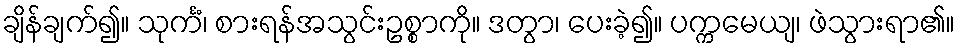
ချိန်ချက်၍။ သုင်္ကံ၊ စားရန်အသွင်းဥစ္စာကို။ ဒတွာ၊ ပေးခဲ့၍။ ပက္ကမေယျ၊ ဖဲသွားရာ၏။